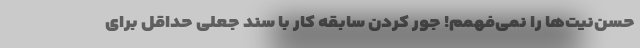
حسن‌نیت‌ها را نمی‌فهمم! جور کردن سابقه کار با سند جعلی حداقل برای